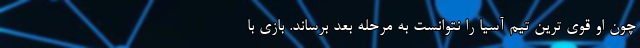
چون او قوی ترین تیم آسیا را نتوانست به مرحله بعد برساند. بازی با